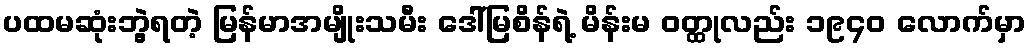
ပထမဆုံးဘွဲ့ရတဲ့ မြန်မာအမျိုးသမီး ဒေါ်မြစိန်ရဲ့ မိန်းမ ဝတ္ထုလည်း ၁၉၄၀ လောက်မှာ